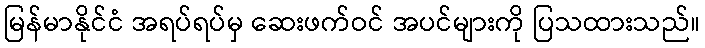
မြန်မာနိုင်ငံ အရပ်ရပ်မှ ဆေးဖက်ဝင် အပင်များကို ပြသထားသည်။